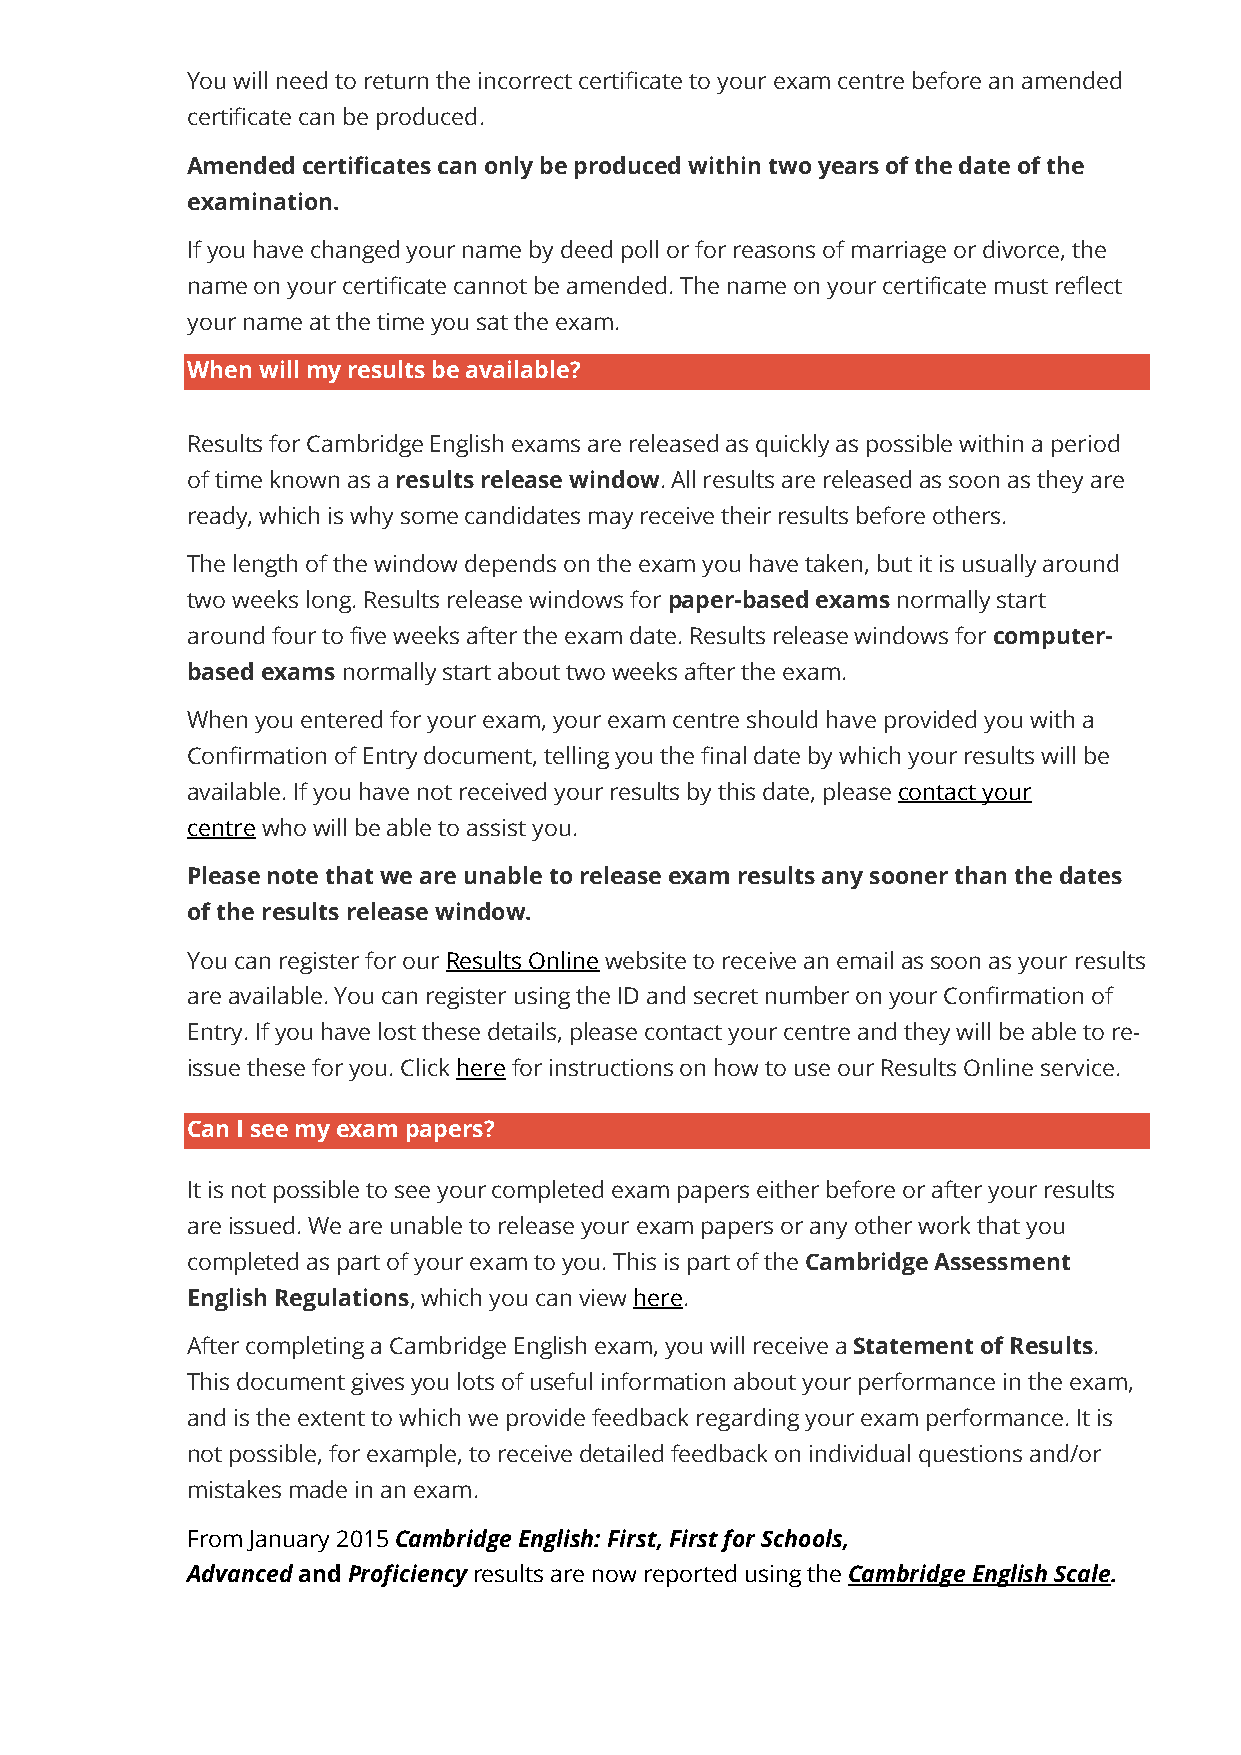
You will need to return the incorrect certificate to your exam centre before an amended
 certificate can be produced.
 Amended certificates can only be produced within two years of the date of the
 examination.
 If you have changed your name by deed poll or for reasons of marriage or divorce, the
 name on your certificate cannot be amended. The name on your certificate must reflect
 your name at the time you sat the exam.
 When will my results be available?
 Results for Cambridge English exams are released as quickly as possible within a period
 of time known as a results release window. All results are released as soon as they are
 ready, which is why some candidates may receive their results before others.
 The length of the window depends on the exam you have taken, but it is usually around
 two weeks long. Results release windows for paper-based exams normally start
 around four to five weeks after the exam date. Results release windows for computer-
 based exams normally start about two weeks after the exam.
 When you entered for your exam, your exam centre should have provided you with a
 Confirmation of Entry document, telling you the final date by which your results will be
 available. If you have not received your results by this date, please contact your
 centre who will be able to assist you.
 Please note that we are unable to release exam results any sooner than the dates
 of the results release window.
 You can register for our Results Online website to receive an email as soon as your results
 are available. You can register using the ID and secret number on your Confirmation of
 Entry. If you have lost these details, please contact your centre and they will be able to re-
 issue these for you. Click here for instructions on how to use our Results Online service.
 Can I see my exam papers?
 It is not possible to see your completed exam papers either before or after your results
 are issued. We are unable to release your exam papers or any other work that you
 completed as part of your exam to you. This is part of the Cambridge Assessment
 English Regulations, which you can view here.
 After completing a Cambridge English exam, you will receive a Statement of Results.
 This document gives you lots of useful information about your performance in the exam,
 and is the extent to which we provide feedback regarding your exam performance. It is
 not possible, for example, to receive detailed feedback on individual questions and/or
 mistakes made in an exam.
 From January 2015 Cambridge English: First, First for Schools,
 Advanced and Proficiency results are now reported using the Cambridge English Scale.